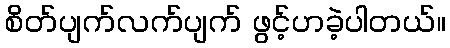
စိတ်ပျက်လက်ပျက် ဖွင့်ဟခဲ့ပါတယ်။